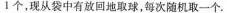
1个，现从袋中 有放回地取球，每次随机取一个。